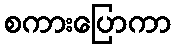
စကားပြောကာ